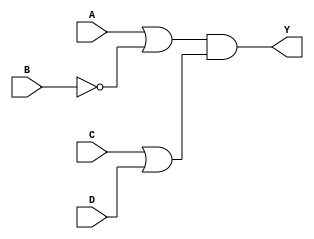
module pos_simplification (
    input wire A,  // Input A
    input wire B,  // Input B
    input wire C,  // Input C
    input wire D,  // Input D
    output wire Y  // Output Y
);

// Intermediate signals for sum terms
wire sum_term1; // Represents (A + B')
wire sum_term2; // Represents (C + D)

// Define the sum terms
assign sum_term1 = A | ~B; // A + B'
assign sum_term2 = C | D;   // C + D

// Define the output Y as the product of the sum terms
assign Y = sum_term1 & sum_term2; // (A + B')(C + D)

endmodule